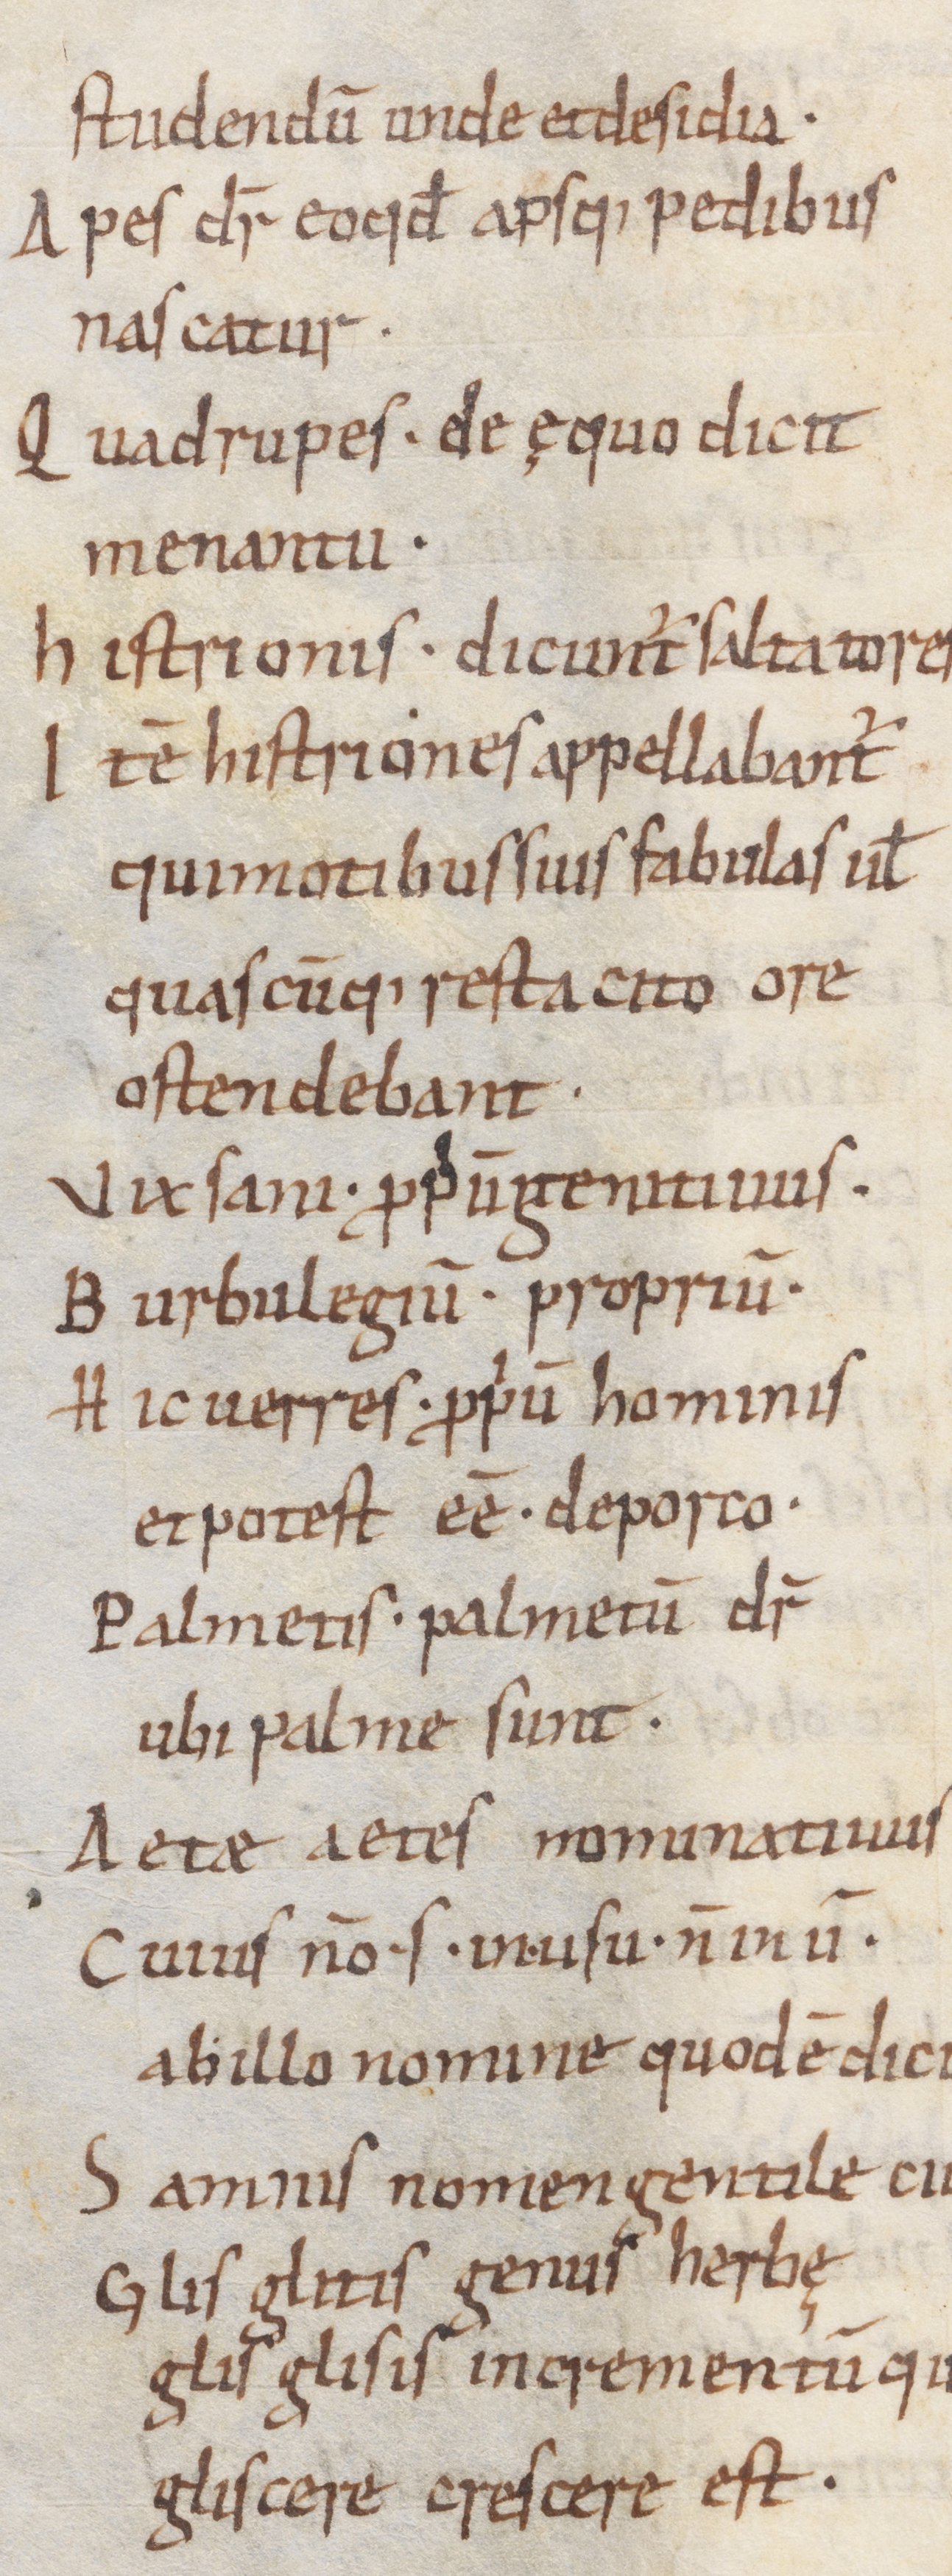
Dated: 900–1199